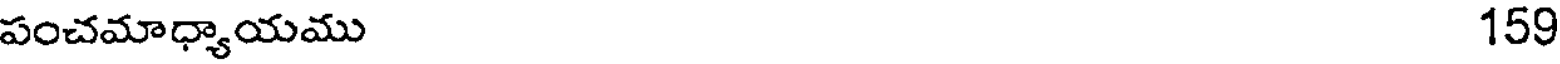
పంచమాధ్యాయము 159